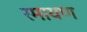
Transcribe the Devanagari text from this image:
रमायण